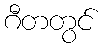
ဂီတတွင်